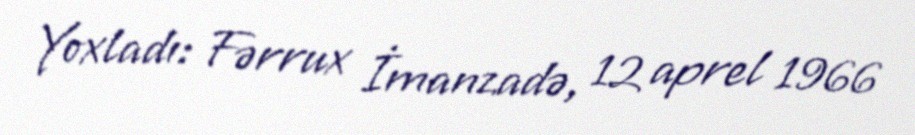
Yoxladı: Fərrux İmanzadə, 12 aprel 1966